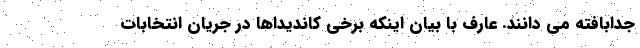
جدابافته می دانند. عارف با بیان اینکه برخی کاندیداها در جریان انتخابات